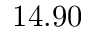
1 4 . 9 0